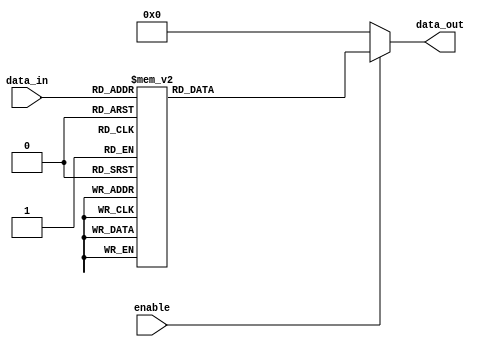
module demux_4to16 (
    input [3:0] data_in,
    input enable,
    output reg [15:0] data_out
);

always @ (data_in, enable)
begin
    case (data_in)
        4'b0000: data_out = 16'b0000000000000001;
        4'b0001: data_out = 16'b0000000000000010;
        4'b0010: data_out = 16'b0000000000000100;
        4'b0011: data_out = 16'b0000000000001000;
        4'b0100: data_out = 16'b0000000000010000;
        4'b0101: data_out = 16'b0000000000100000;
        4'b0110: data_out = 16'b0000000001000000;
        4'b0111: data_out = 16'b0000000010000000;
        4'b1000: data_out = 16'b0000000100000000;
        4'b1001: data_out = 16'b0000001000000000;
        4'b1010: data_out = 16'b0000010000000000;
        4'b1011: data_out = 16'b0000100000000000;
        4'b1100: data_out = 16'b0001000000000000;
        4'b1101: data_out = 16'b0010000000000000;
        4'b1110: data_out = 16'b0100000000000000;
        4'b1111: data_out = 16'b1000000000000000;
        default: data_out = 16'b0000000000000000;
    endcase
    
    if (!enable)
        data_out = 16'b0000000000000000;
end
endmodule